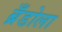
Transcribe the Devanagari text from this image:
ब्रँडोला